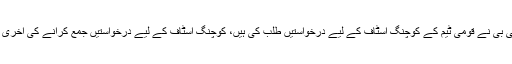
واضح رہے کہ پی سی بی نے قومی ٹیم کے کوچنگ اسٹاف کے لیے درخواستیں طلب کی ہیں، کوچنگ اسٹاف کے لیے درخواستیں جمع کرانے کی آخری تاریخ 26 اگست ہے۔